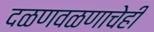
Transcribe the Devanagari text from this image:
दळणवळणाचेही